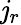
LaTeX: \mathit{j}_{r}